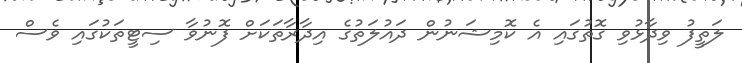
ލަތީފު ވިދާޅުވި ގޮތުގައި އެ ކޮމިޝަނުން ދައުލަތުގެ އިދާރާތަކަށް ފޮނުވާ ސިޓީތަކުގައި ވެސް